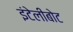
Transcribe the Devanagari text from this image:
इंटेलीबोट